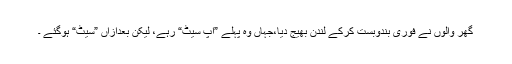
گھر والوں نے فوری بندوبست کرکے لندن بھیج دیا،جہاں وہ پہلے ”اپ سیٹ“ رہے، لیکن بعدازاں ”سیٹ“ ہوگئے ۔